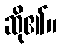
ဆို၏။